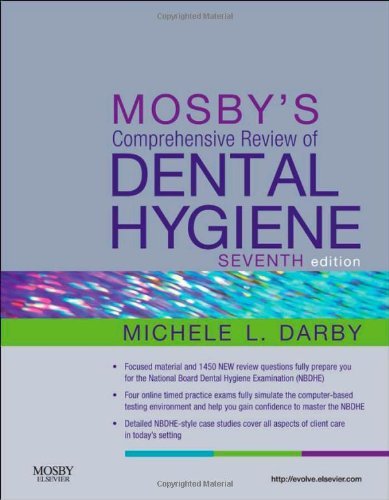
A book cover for By Michele Leonardi Darby BSDH MS:Mosby's Comprehensive Review of Dental Hygiene, 7e (Mosby's Comprehensive Review of Dental Hygiene (Darby)) Seventh (7th) Edition (7/E) TEXTBOOK (non Kindle) [PAPERBACK]; -Mosby-; Medical Books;